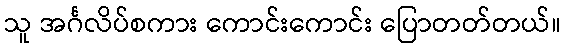
သူ အင်္ဂလိပ်စကား ကောင်းကောင်း ပြောတတ်တယ်။